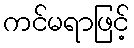
ကင်မရာဖြင့်